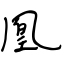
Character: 凰